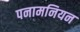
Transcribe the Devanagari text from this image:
पनामनियन